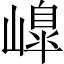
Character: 𡼗